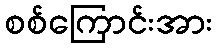
စစ်ကြောင်းအား